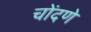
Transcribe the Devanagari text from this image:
चोंदणे